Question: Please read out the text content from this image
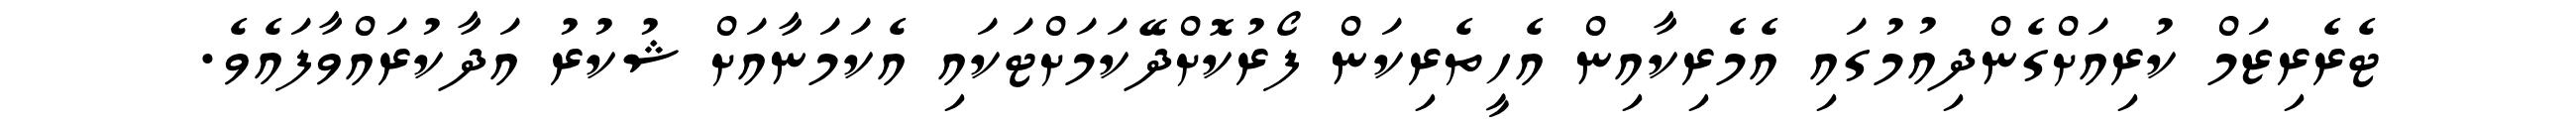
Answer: ޓެރެރިޒަމް ކުރިއަށްގެންދިއުމުގައި އެމެރިކާއިން އެހީތެރިކަން ފޯރުކޮށްދޭކަމަށްޓަކައި އެކަމަނާއަށް ޝުކުރު އަދާކުރައްވާފައެވެ.